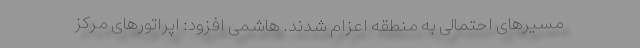
مسیرهای احتمالی به منطقه اعزام شدند. هاشمی افزود: اپراتورهای مرکز